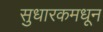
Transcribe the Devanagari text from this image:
सुधारकमधून